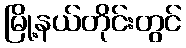
မြို့နယ်တိုင်းတွင်